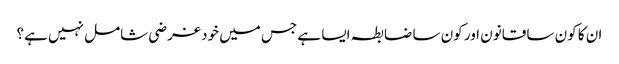
ان کا کون سا قانون اور کون سا ضابطہ ایسا ہے جس میں خود غرضی شامل نہیں ہے؟